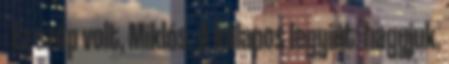
- Ez szép volt, Miklós. A kalapos legyint: hagyjuk.